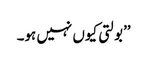
’’بولتی کیوں نہیں ہو۔